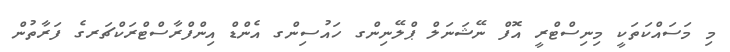
މި މަސައްކަތަކީ މިނިސްޓްރީ އޮފް ނޭޝަނަލް ޕްލޭނިންގ ހައުސިންގ އެންޑް އިންފްރާސްޓްރަކްޗަރގެ ފަރާތުން